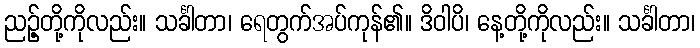
ညဉ့်တို့ကိုလည်း။ သင်္ခါတာ၊ ရေတွက်အပ်ကုန်၏။ ဒိဝါပိ၊ နေ့တို့ကိုလည်း။ သင်္ခါတာ၊